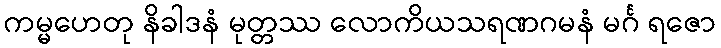
ကမ္မဟေတု နိခါဒနံ မုတ္တဿ လောကိယသရဏဂမနံ မင်္ဂ ရဇော